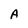
Character: A